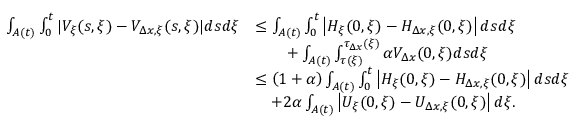
\begin{array} { r l } { \int _ { A ( t ) } \int _ { 0 } ^ { t } | V _ { \xi } ( s , \xi ) - V _ { \Delta x , \xi } ( s , \xi ) | d s d \xi } & { \leq \int _ { A ( t ) } \int _ { 0 } ^ { t } \left| H _ { \xi } ( 0 , \xi ) - H _ { \Delta x , \xi } ( 0 , \xi ) \right| d s d \xi } \\ & { \qquad + \int _ { A ( t ) } \int _ { \tau ( \xi ) } ^ { \tau _ { \Delta x } ( \xi ) } \alpha V _ { \Delta x } ( 0 , \xi ) d s d \xi } \\ & { \leq \left( 1 + \alpha \right) \int _ { A ( t ) } \int _ { 0 } ^ { t } \left| H _ { \xi } ( 0 , \xi ) - H _ { \Delta x , \xi } ( 0 , \xi ) \right| d s d \xi } \\ & { \quad + 2 \alpha \int _ { A ( t ) } \left| U _ { \xi } ( 0 , \xi ) - U _ { \Delta x , \xi } ( 0 , \xi ) \right| d \xi . } \end{array}